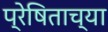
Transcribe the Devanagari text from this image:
प्रेषिताच्या